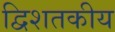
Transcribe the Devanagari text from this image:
द्विशतकीय